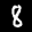
Label: 8